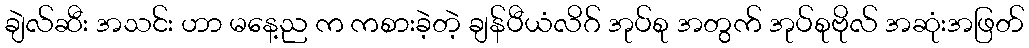
ချဲလ်ဆီး အသင်း ဟာ မနေ့ည က ကစားခဲ့တဲ့ ချန်ပီယံလိဂ် အုပ်စု အတွက် အုပ်စုဗိုလ် အဆုံးအဖြတ်